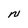
Character: N